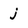
Character: j